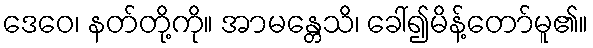
ဒေဝေ၊ နတ်တို့ကို။ အာမန္တေသိ၊ ခေါ်၍မိန့်တော်မူ၏။